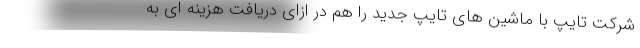
شرکت تایپ با ماشین های تایپ جدید را هم در ازای دریافت هزینه ای به